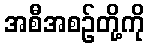
အစီအစဉ်တို့ကို